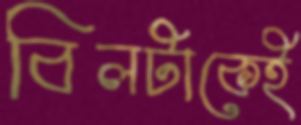
বিলটাকেই